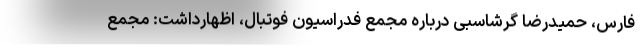
فارس، حمیدرضا گرشاسبی درباره مجمع فدراسیون فوتبال، اظهارداشت: مجمع